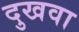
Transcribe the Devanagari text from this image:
दुखवा